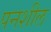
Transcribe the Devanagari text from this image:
पनशील